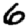
Digit: 6